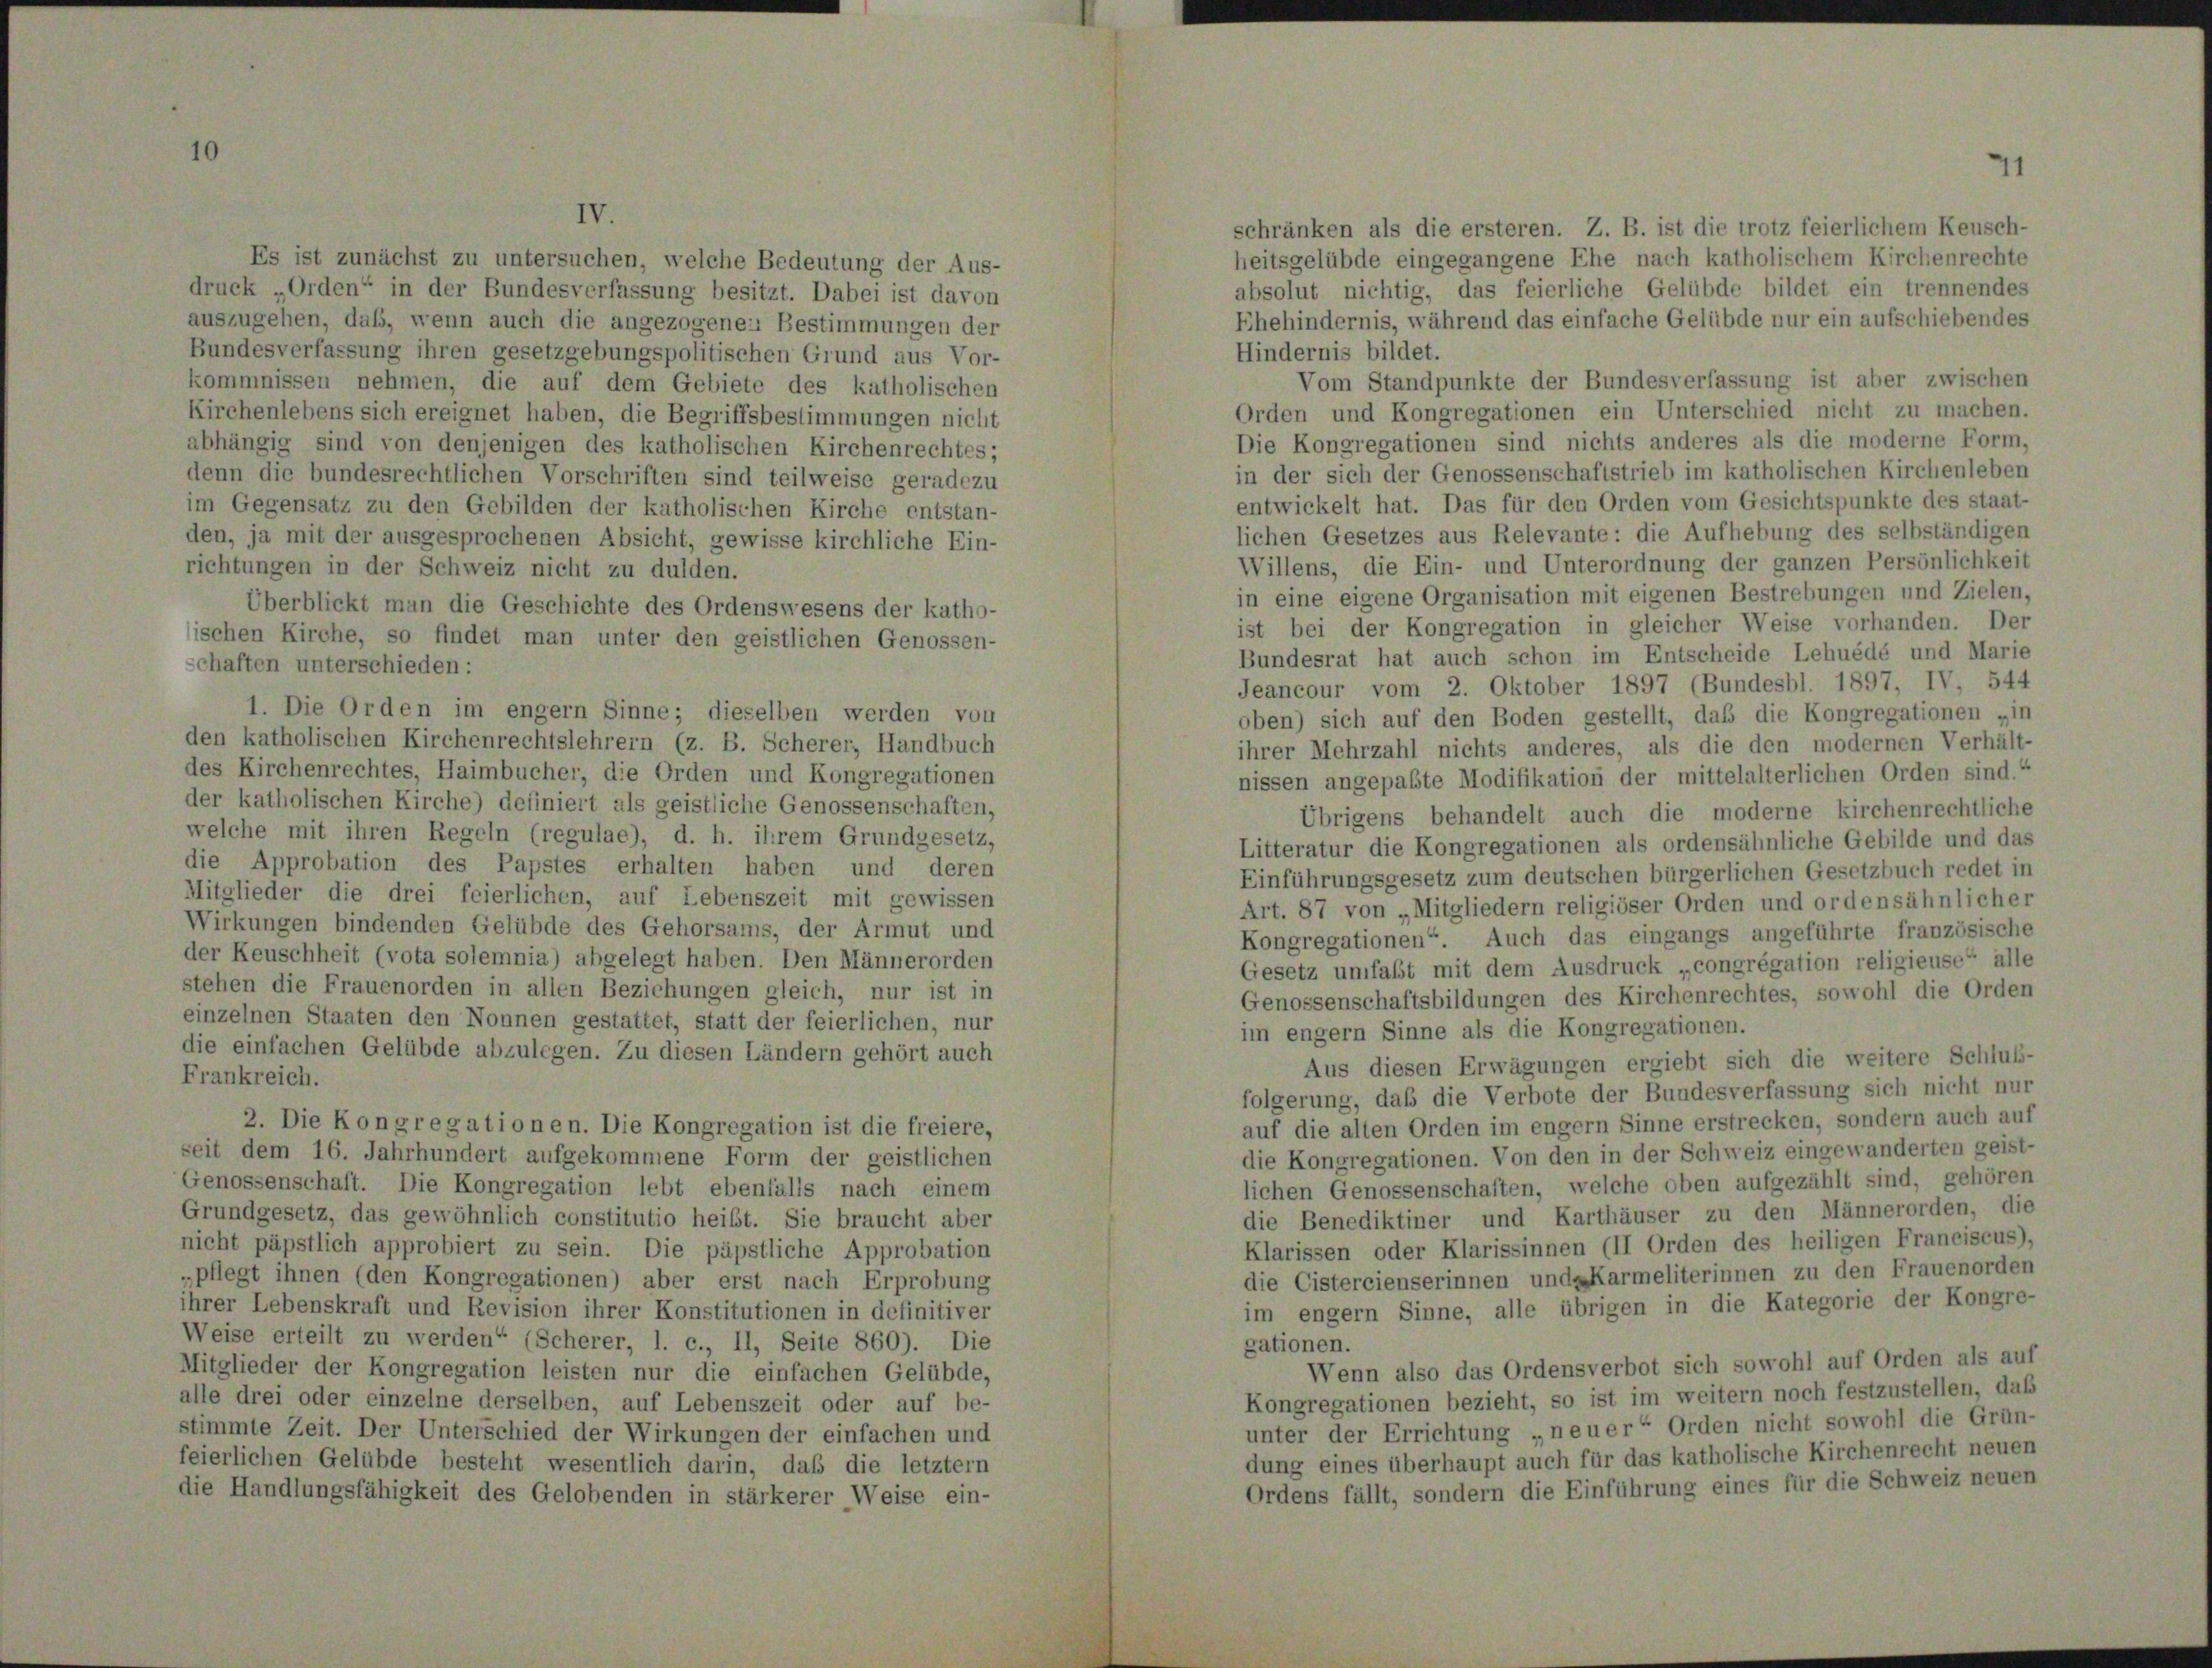
IV.
absolut nichtig, das feierliche Gelübde bildet ein trennendes
Ehehindernis, während das einfache Gelübde nur ein aufschiebende
auszugehen, daß, wenn auch die angezogene Bestimmungen der
Hindernis bildet.
Bundesverfassung ihren gesetzgebungspolitischen Grund aus Vor-
Vom Standpunkte der Bundesverfassung ist aber zwischer
kommnissen nehmen, die auf dem Gebiete des katholischen
Orden und Kongregationen ein Unterschied nicht zu machen.
Kirchenlebens sich ereignet haben, die Begriffsbestimmungen nicht
Die Kongregationen sind nichts anderes als die moderne Form
abhängig sind von denjenigen des katholischen Kirchenrechtes;
in der sich der Genossenschaftstrieb im katholischen Kirchenleben
denn die bundesrechtlichen Vorschriften sind teilweise geradezu
entwickelt hat. Das für den Orden vom Gesichtspunkte des staat-
im Gegensatz zu den Gebilden der katholischen Kirche entstan-
lichen Gesetzes aus Relevante: die Aufhebung des selbständiger
den, ja mit der ausgesprochenen Absicht, gewisse kirchliche Ein-
Willens, die Ein- und Unterordnung der ganzen Persönlichkei
richtungen in der Schweiz nicht zu dulden.
in eine eigene Organisation mit eigenen Bestrebungen und Zieler
Überblickt man die Geschichte des Ordenswesens der katho-
ist bei der Kongregation in gleicher Weise vorhanden. Der
ischen Kirche, so findet man unter den geistlichen Genossen-
Bundesrat hat auch schon im Entscheide Lehuédé und Marie
-chaften unterschieden:
Jeancour vom 2. Oktober 1897 (Bundesbl. 1897, IV, 544
1. Die Orden im engem Sinne; dieselben werden von
oben) sich auf den Boden gestellt, daß die Kongregationen „i
den katholischen Kirchenrechtslehrern (z. B. Scherer, Handbuch
ihrer Mehrzahl nichts anderes, als die den modernen Verhält
des Kirchenrechtes, Haimbucher, die Orden und Kongregationen
nissen angepaßte Modifikation der mittelalterlichen Orden sind.
der katholischen Kirche) definiert als geistliche Genossenschaften,
Übrigens behandelt auch die moderne kirchenrechtlich
welche mit ihren Regeln (regulae), d. h. ihrem Grundgesetz,
Litteratur die Kongregationen als ordensähnliche Gebilde und da
die Approbation des Papstes erhalten haben und deren
Einführungsgesetz zum deutschen bürgerlichen Gesetzbuch redet is
Mitglieder die drei feierlichen, auf Lebenszeit mit gewissen
Art. 87 von „Mitgliedern religiöser Orden und ordensähnliche,
Wirkungen bindenden Gelübde des Gehorsams, der Armut und
Kongregationen“ Auch das eingangs angeführte französisch
der Keuschheit (vota solemnia) abgelegt haben. Den Männerorden
Gesetz umfaßt mit dem Ausdruck „congrégation religieuse“ als
stehen die Frauenorden in allen Beziehungen gleich, nur ist in
Genossenschaftsbildungen des Kirchenrechtes, sowohl die Order
einzelnen Staaten den Nonnen gestattet, statt der feierlichen, nur
im engem Sinne als die Kongregationen.
die einfachen Gelübde abzulegen. Zu diesen Ländern gehört auch
Aus diesen Erwägungen ergiebt sich die weitere Schluß
Frankreich.
folgerung, daß die Verbote der Bundesverfassung sich nicht nur
auf die alten Orden im engem Sinne erstrecken, sondern auch au
2. Die Kongregationen. Die Kongregation ist die freiere,
die Kongregationen. Von den in der Schweiz eingewanderten geist
seit dem 16. Jahrhundert aufgekommene Form der geistlichen
lichen Genossenschaften, welche oben aufgezählt sind, gehörer
Genossenschaft. Die Kongregation lebt ebenfalls nach einem
die Benediktiner und Karthäuser zu den Männerorden, di
Grundgesetz, das gewöhnlich constitutio heißt. Sie braucht aber
Klarissen oder Klarissinnen (II Orden des heiligen Franciscus
nicht päpstlich approbiert zu sein. Die päpstliche Approbation
die Cistercienserinnen und Karmeliterinnen zu den Frauenorde
„pflegt ihnen (den Kongregationen) aber erst nach Erprobung
im engem Sinne, alle übrigen in die Kategorie der Kongre
ihrer Lebenskraft und Revision ihrer Konstitutionen in definitiver
Weise erteilt zu werden“ (Scherer, 1. c., II, Seite 860). Die
gationen.
Wenn also das Ordensverbot sich sowohl auf Orden als au
Mitglieder der Kongregation leisten nur die einfachen Gelübde,
Kongregationen bezieht, so ist im weitern noch festzustellen, di
alle drei oder einzelne derselben, auf Lebenszeit oder auf be-
unter der Errichtung „neuer Orden nicht sowohl die Grün
stimmte Zeit. Der Unterschied der Wirkungen der einfachen und
dung eines überhaupt auch für das katholische Kirchenrecht neue
feierlichen Gelübde besteht wesentlich darin, daß die letztem
Ordens fällt, sondern die Einführung eines für die Schweiz neue
die Handlungsfähigkeit des Gelobenden in stärkerer Weise ein-

Es ist zunächst zu untersuchen, welche Bedeutung der Aus-
druck Orden“ in der Bundesverfassung besitzt. Dabei ist davon

schränken als die ersteren. Z. B. ist die trotz feierlichem Keusch-
heitsgelübde eingegangene Ehe nach katholischem Kirchenrechte

41

I
I
e
z.
.
e
¬
n
e
f
6
1
n
n